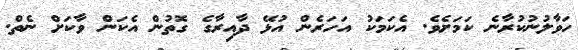
ހަވާލުނުކުރާނެ ކަމަށެވެ. އެކަމަކު އަހަރެން އުޅޭ ދާއިރާގެ ގޮތުން އެކަން ވާކަށް ނެތް.